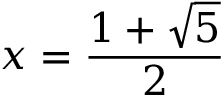
x = { \frac { 1 + { \sqrt { 5 } } } { 2 } }